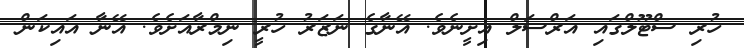
ހުރި ސްޓޫލްގައި އަރްސަލް އިށީނެވެ. އޭނާގެ ނަޒަރު ހުރީ ނިމްރާއަށެވެ. އޭނާ އައިކަން